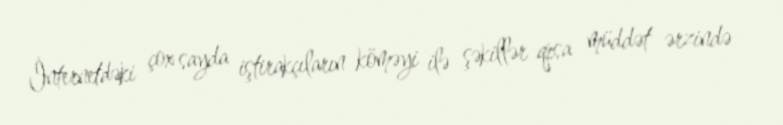
İnternetdəki çox sayda iştirakçıların köməyi ilə şəkillər qısa müddət ərzində